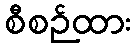
စီစဉ်ထား